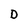
Character: D